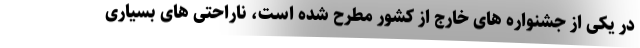
در یکی از جشنواره های خارج از کشور مطرح شده است، ناراحتی های بسیاری